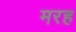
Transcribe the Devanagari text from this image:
मरह